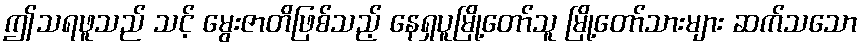
ဤသရဖူသည် သင့် မွေးဇာတိဖြစ်သည့် နေရှပူမြို့တော်သူ မြို့တော်သားများ ဆက်သသော